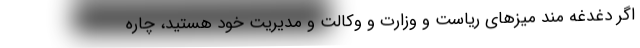
اگر دغدغه مند میزهای ریاست و وزارت و وکالت و مدیریت خود هستید، چاره